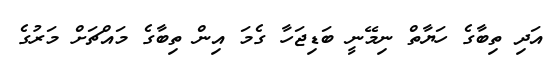
އަދި ތިބާގެ ހަޔާތް ނިމޭނީ ބަޑިޖަހާ ގެމަ އިން ތިބާގެ މައްޗަށް މަރުގެ